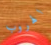
الهروب